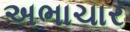
અભાચાર